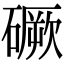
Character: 𥕲